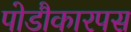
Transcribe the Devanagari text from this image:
पोडौकारपस